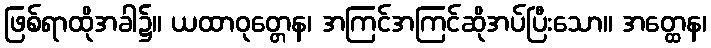
ဖြစ်ရာထိုအခါ၌။ ယထာဝုတ္တေန၊ အကြင်အကြင်ဆိုအပ်ပြီးသော။ အတ္ထေန၊